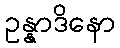
ဥန္နာဒိနော